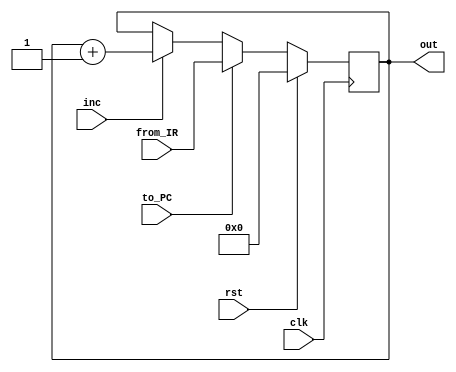
`timescale 1ns / 1ps
//////////////////////////////////////////////////////////////////////////////////
// Company: 
// Engineer: 
// 
// Design Name: 
// Module Name:    PC 
// Project Name: 
// Target Devices: 
// Tool versions: 
// Description: 
//
// Dependencies: 
//
// Revision: 
// Revision 0.01 - File Created
// Additional Comments: 
//
//////////////////////////////////////////////////////////////////////////////////
module PC(rst, inc, clk, to_PC, from_IR, out
    );
 input rst, inc, to_PC, clk;
 input [7:0] from_IR;
 output [7:0] out;
 
 reg [7:0] data=8'b0;
 
 always @ (negedge clk)
   if (rst)
	data <= 8'b0;
	else if (to_PC)
	data <= from_IR;		
	else if (inc) 
	data <= data + 1; // Incrementing FF will result in 0
	else 
	data <= data;
	
 assign out=data;

endmodule